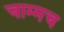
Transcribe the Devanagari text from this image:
चाम्मच